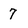
Character: 7